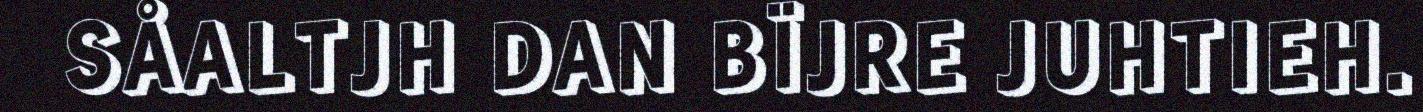
SÅALTJH DAN BÏJRE JUHTIEH.